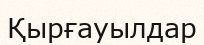
Қырғауылдар